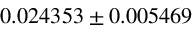
0 . 0 2 4 3 5 3 \pm 0 . 0 0 5 4 6 9